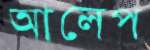
আলেপ